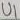
Text: U1